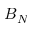
B _ { N }